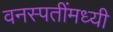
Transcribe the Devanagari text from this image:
वनस्पतींमध्यी